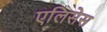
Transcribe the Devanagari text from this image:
एलिसेस